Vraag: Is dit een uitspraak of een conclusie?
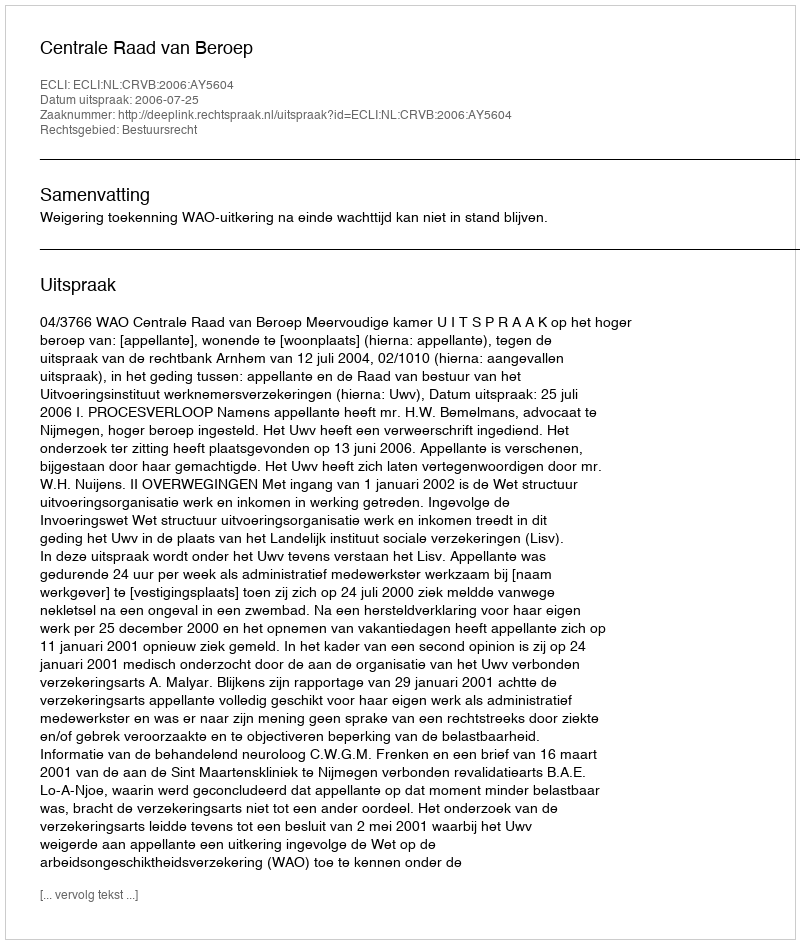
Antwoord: Uitspraak